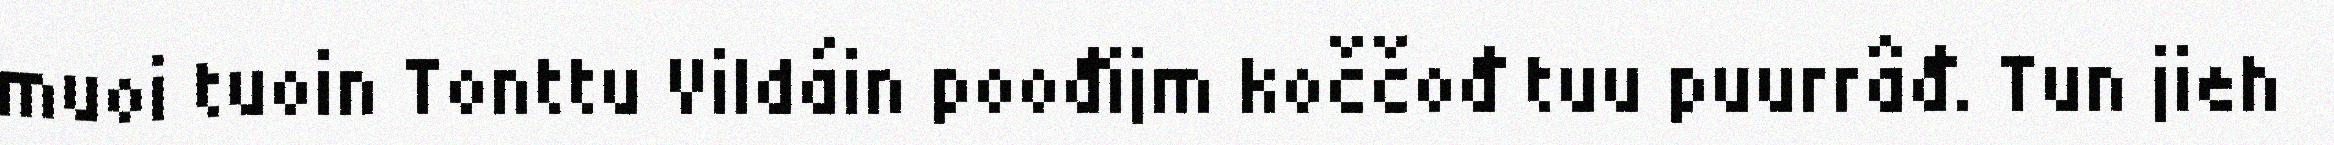
muoi tuoin Tonttu Vildáin poođijm koččođ tuu puurrâđ. Tun jieh